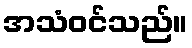
အသံဝင်သည်။